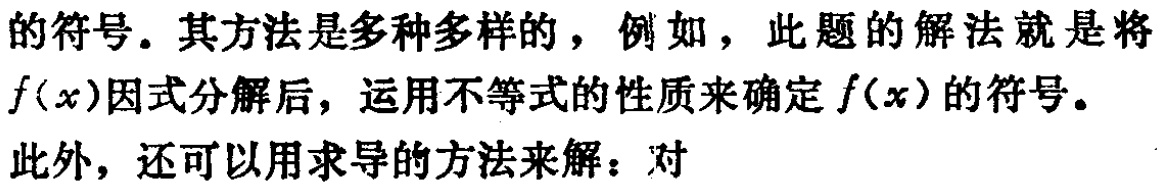
的符号。其方法是多种多样的，例如，此题的解法就是将
\(f(x)\)因式分解后，运用不等式的性质来确定\(f(x)\)的符号。
此外，还可以用求导的方法来解：对